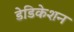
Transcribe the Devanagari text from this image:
डेडिकेशन